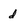
Character: d